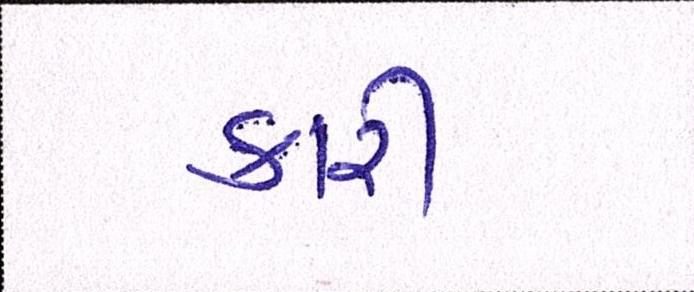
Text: કારી